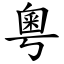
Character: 粵